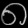
Digit: ၈